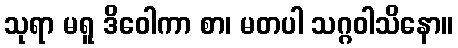
သုရာ မရူ ဒိဝေါကာ စာ၊ မတပါ သဂ္ဂဝါသိနော။